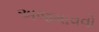
અજમાવવો